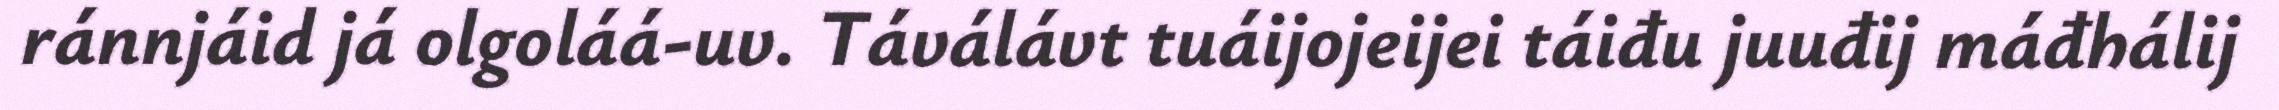
ránnjáid já olgoláá-uv. Táválávt tuáijojeijei táiđu juuđij máđhálij